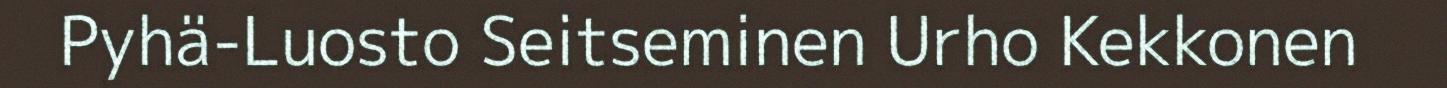
Pyhä-Luosto Seitseminen Urho Kekkonen